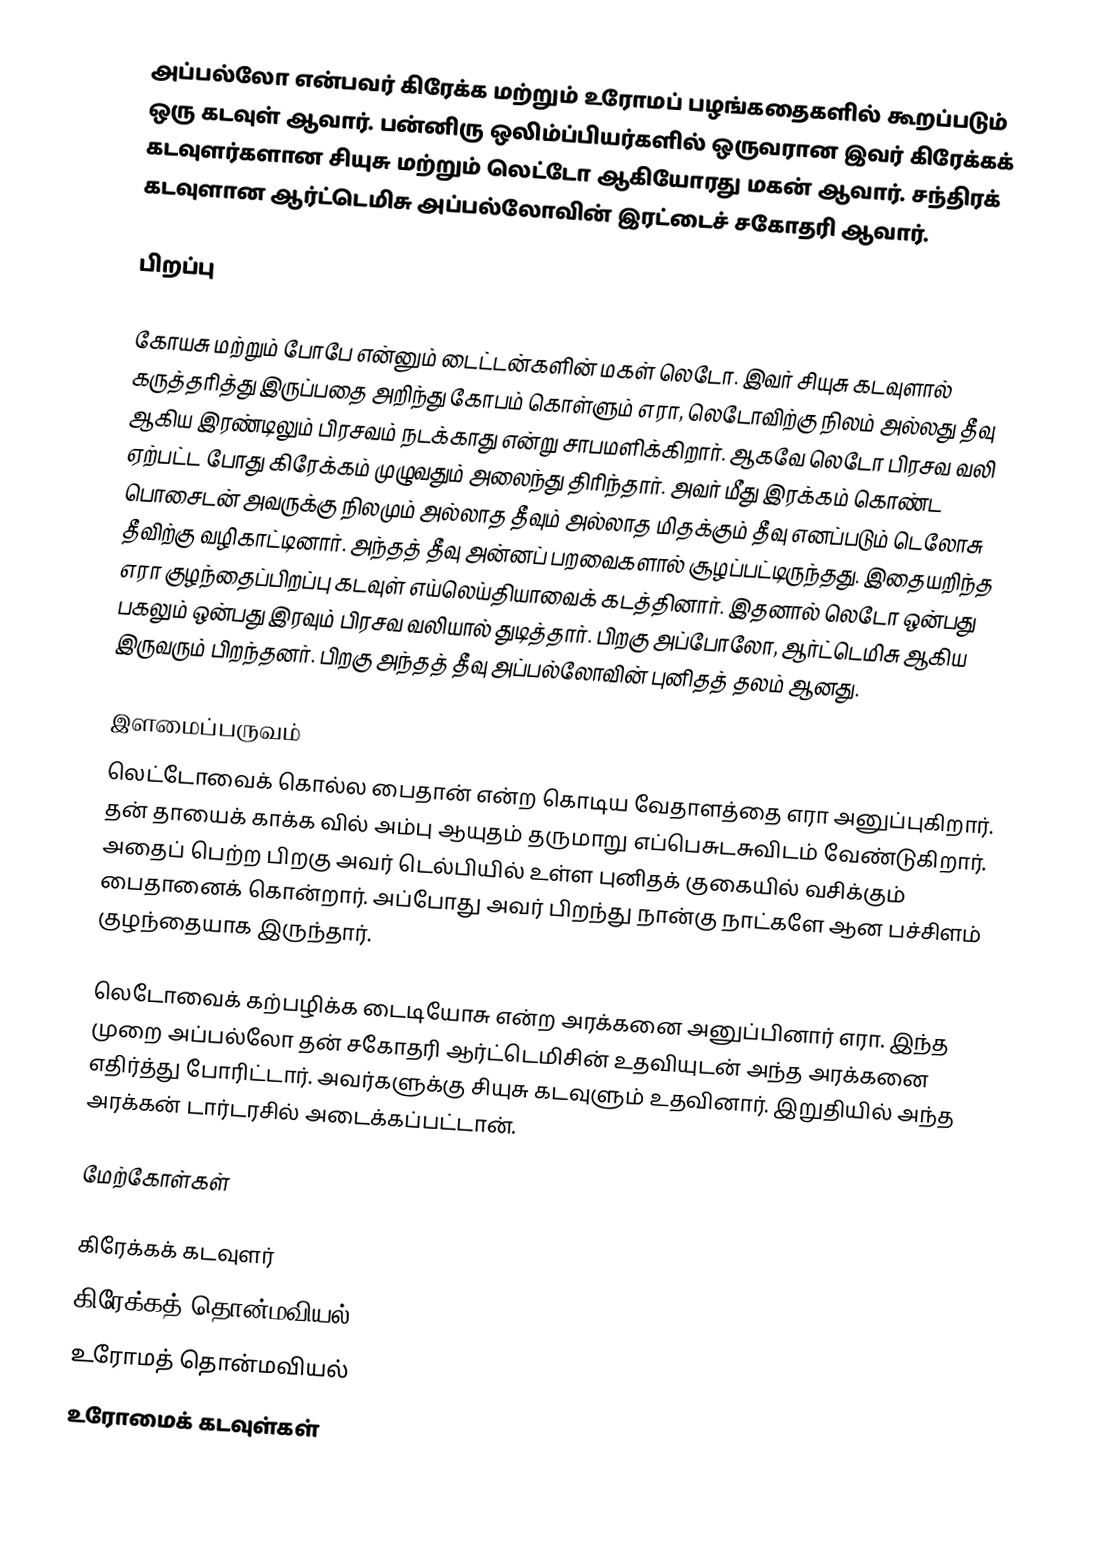
அப்பல்லோ என்பவர் கிரேக்க மற்றும் உரோமப் பழங்கதைகளில் கூறப்படும் ஒரு கடவுள் ஆவார். பன்னிரு ஒலிம்ப்பியர்களில் ஒருவரான இவர் கிரேக்கக் கடவுளர்களான சியுசு மற்றும் லெட்டோ ஆகியோரது மகன் ஆவார். சந்திரக் கடவுளான ஆர்ட்டெமிசு அப்பல்லோவின் இரட்டைச் சகோதரி ஆவார்.

பிறப்பு

கோயசு மற்றும் போபே என்னும் டைட்டன்களின் மகள் லெடோ. இவர் சியுசு கடவுளால் கருத்தரித்து இருப்பதை அறிந்து கோபம் கொள்ளும் எரா, லெடோவிற்கு நிலம் அல்லது தீவு ஆகிய இரண்டிலும் பிரசவம் நடக்காது என்று சாபமளிக்கிறார். ஆகவே லெடோ பிரசவ வலி ஏற்பட்ட போது கிரேக்கம் முழுவதும் அலைந்து திரிந்தார். அவர் மீது இரக்கம் கொண்ட பொசைடன் அவருக்கு  நிலமும் அல்லாத தீவும் அல்லாத மிதக்கும் தீவு எனப்படும் டெலோசு தீவிற்கு வழிகாட்டினார். அந்தத் தீவு அன்னப் பறவைகளால் சூழப்பட்டிருந்தது. இதையறிந்த எரா குழந்தைப்பிறப்பு கடவுள் எய்லெய்தியாவைக் கடத்தினார். இதனால் லெடோ ஒன்பது பகலும் ஒன்பது இரவும் பிரசவ வலியால் துடித்தார். பிறகு அப்போலோ, ஆர்ட்டெமிசு ஆகிய இருவரும் பிறந்தனர். பிறகு அந்தத் தீவு அப்பல்லோவின் புனிதத் தலம் ஆனது.

இளமைப்பருவம்
லெட்டோவைக் கொல்ல பைதான் என்ற கொடிய வேதாளத்தை எரா அனுப்புகிறார். தன் தாயைக் காக்க வில் அம்பு ஆயுதம் தருமாறு எப்பெசுடசுவிடம் வேண்டுகிறார். அதைப் பெற்ற பிறகு அவர் டெல்பியில் உள்ள புனிதக் குகையில் வசிக்கும் பைதானைக் கொன்றார். அப்போது அவர் பிறந்து நான்கு நாட்களே ஆன பச்சிளம் குழந்தையாக இருந்தார்.

லெடோவைக் கற்பழிக்க டைடியோசு என்ற அரக்கனை அனுப்பினார் எரா. இந்த முறை அப்பல்லோ தன் சகோதரி ஆர்ட்டெமிசின் உதவியுடன் அந்த அரக்கனை எதிர்த்து போரிட்டார். அவர்களுக்கு சியுசு கடவுளும் உதவினார். இறுதியில் அந்த அரக்கன் டார்டரசில் அடைக்கப்பட்டான்.

மேற்கோள்கள்

கிரேக்கக் கடவுளர்
கிரேக்கத் தொன்மவியல்
உரோமத் தொன்மவியல்
உரோமைக் கடவுள்கள்